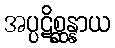
အပ္ပဋိစ္ဆန္နာယ